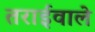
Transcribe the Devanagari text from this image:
तराईवाले